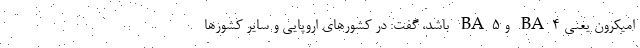
اُمیکرون یعنی BA۴ و BA۵ باشد، گفت: در کشورهای اروپایی و سایر کشورها